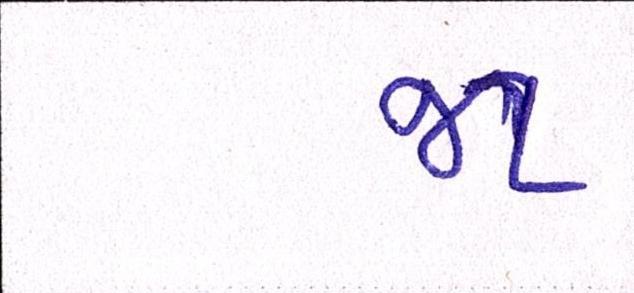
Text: જા